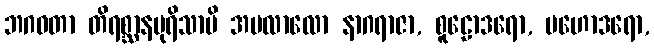
ဘဂဝတာ တိရစ္ဆာနပုရိသာပိ အပလာလော နာဂရာဇာ, စူဠောဒရော, မဟောဒရော,